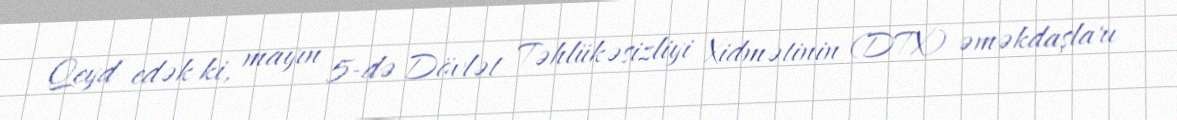
Qeyd edək ki, mayın 5-də Dövlət Təhlükəsizliyi Xidmətinin (DTX) əməkdaşları